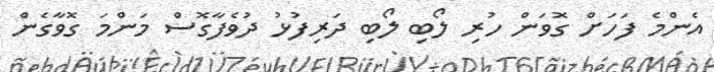
އެންމެ ފަހަށް ގޮވަން ހުރި ލޯބި ލޯބި ދަރިފުޅު ދުވެފާގޮސް މަންމަ ގޮވާގެން